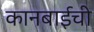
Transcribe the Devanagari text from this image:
कानबाईची